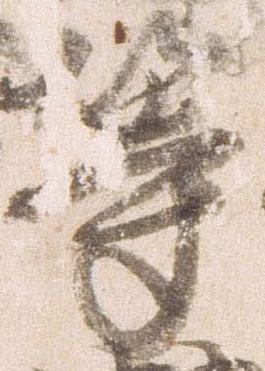
等